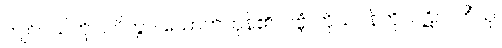
ကျင်ငယ်ကို။ ပိဝိတွာ၊ သောက်ကုန်၏။ ဂဗ္ဘံ၊ ကိုယ်ဝန်ကို။ ပဋိလဘိံသု၊